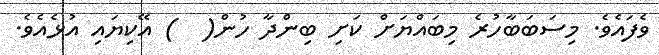
ވެފައެވެ. މިސަބަބާހުރެ މިބައްޔަށް ކަށި ބިންދާ ހުން(  ) އޭކިޔައި އުޅެއެވެ.